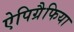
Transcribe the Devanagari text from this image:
ऐपिग्रैफिया